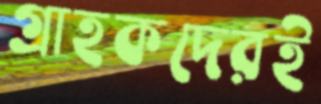
গ্রাহকদেরই